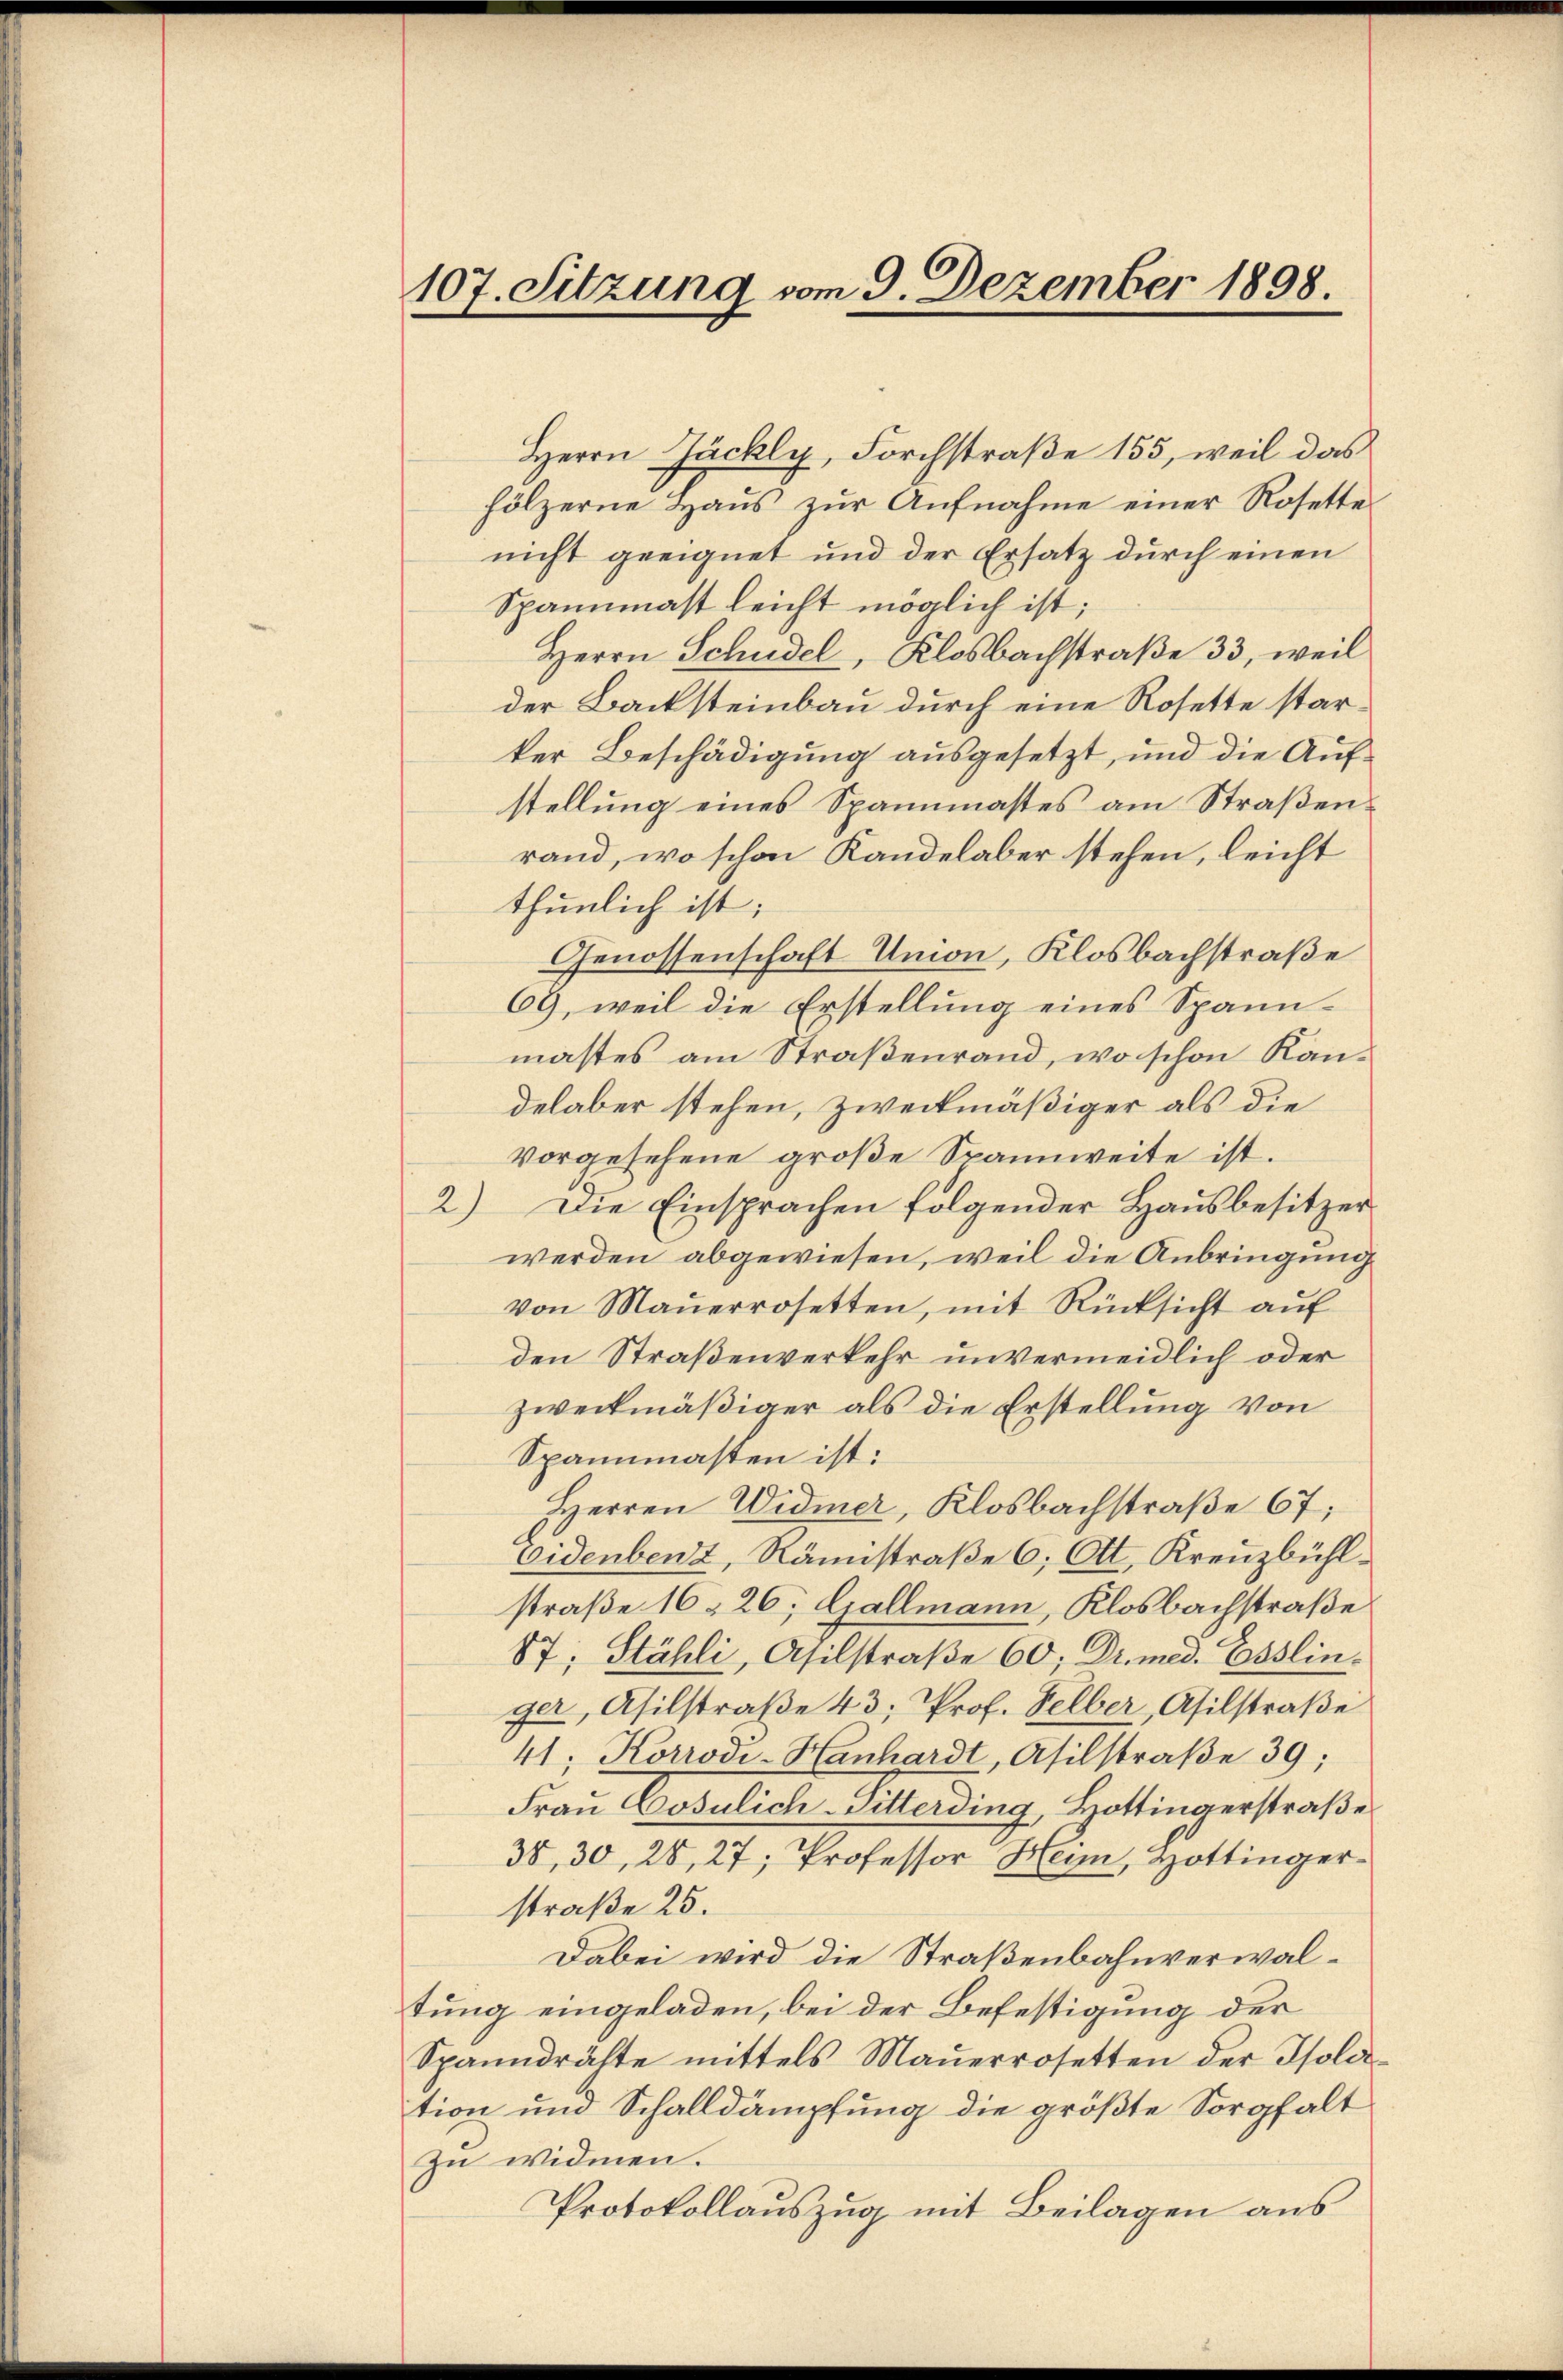
107. Sitzung vom 9. Dezember 1898.

Herrn Jäckly, Forchstraße 155, weil das
hölzerne Haŭs zŭr Aŭfnahme einer Rosette
nicht geeignet und der Ersatz durch einen
Spannmast leicht möglich ist;
Herrn Schudel, Klosbachstraße 33, weil
der Backsteinbau durch eine Rosette starker Beschädigung ausgesetzt, und die Aufstellung eines Spannmastes am Straßenrand, wo schon Kandelaber stehen, leicht
thunlich ist;
Genossenschaft Umon, Klosbachstraße
69, weil die Erstellung eines Spannmastes am Straßenrand, wo schon Kandelaber stehen, zweckmäßiger als die
vorgesehene große Spannweite ist.
2) Die Einsprachen folgender Hausbesitzer
werden abgewiesen, weil die Anbringung
von Maṅerrosetten, mit Rücksicht aŭf
den Straßenverkehr unvermeidlich oder
zweckmäßiger als die Erstellung von
Spannmasten ist:
Herren Widmer, Klosbachstraße 67;
videnbenz, Rämistraße 6; Ott, Kreuzbühlstraße 1626; Gallmann, Klosbachstraße
87; Stähli, Asilstraße 60; Dr. med. Esslin.
ger, Asilstraße 43; Prof. Selber, Asilstraße
41, Korrodi-Hanhardt Asilstraße 39;
Frau Cosulich-Villerding, Hottingerstraβe
38, 30, 28, 27; Professor Heim, Hottinger-
straße 25.
Dabei wird die Straßenbahnverwaltung eingeladen, bei der Befestigung der
Spanndrähte mittels Mauerrosetten der Isolation und Schalldämpfung die größte Sorgfalt
zu widmen.
Protokollauszug mit Beilagen aus